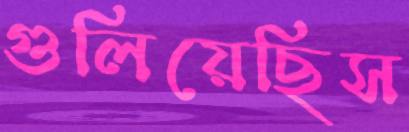
গুলিয়েছিস